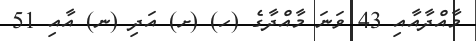
މާއްދާއާއި 43 ވަނަ މާއްދާގެ (ހ) (ށ) އަދި (ނ) އާއި 51